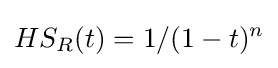
HS_{R}(t)=1/(1-t)^{n}